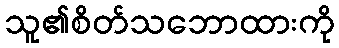
သူ၏စိတ်သဘောထားကို